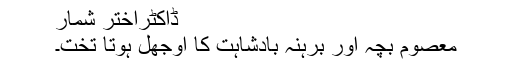
ڈاکٹراختر شمار
معصوم بچہ اور برہنہ بادشاہت کا اوجھل ہوتا تخت۔